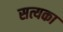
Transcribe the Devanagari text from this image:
सत्यका